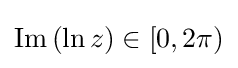
\operatorname {Im} \left(\ln z\right)\in [0,2\pi )